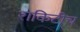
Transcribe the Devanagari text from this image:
राकिटीच